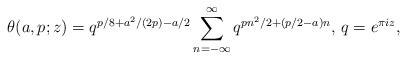
LaTeX: \begin{align*}\theta(a,p;z)=q^{p/8+a^2/(2p)-a/2}\sum^{\infty}_{n=-\infty}q^{pn^2/2+(p/2-a)n}\textrm{, }q=e^{\pi i z},\end{align*}